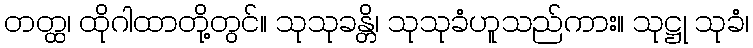
တတ္ထ၊ ထိုဂါထာတို့တွင်။ သုသုခန္တိ၊ သုသုခံဟူသည်ကား။ သုဋ္ဌု သုခံ၊